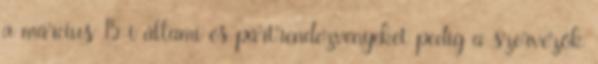
a március 15-i állami és pártrendezvényeket pedig a szervezők